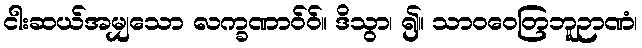
ငါးဆယ်အမျှသော လက္ခဏာဝ်ဝ်။ ဒိသွာ၊ ၍။ သာဝဝေတြဘူဉာဏံ၊